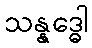
သန္နဒ္ဓေါ